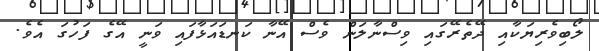
ލޯބިވެރިޔަކާއި ދޭތެރޭގައި ވިސްނާލަން ވެސް އޭނާ ކަނޑައަޅާފައި ވަނީ އޭގެ ފަހުގަ އެވެ.